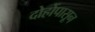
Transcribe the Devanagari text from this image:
दोहोंपासून